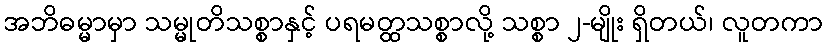
အဘိဓမ္မာမှာ သမ္မုတိသစ္စာနှင့် ပရမတ္ထသစ္စာလို့ သစ္စာ ၂-မျိုး ရှိတယ်၊ လူတကာ